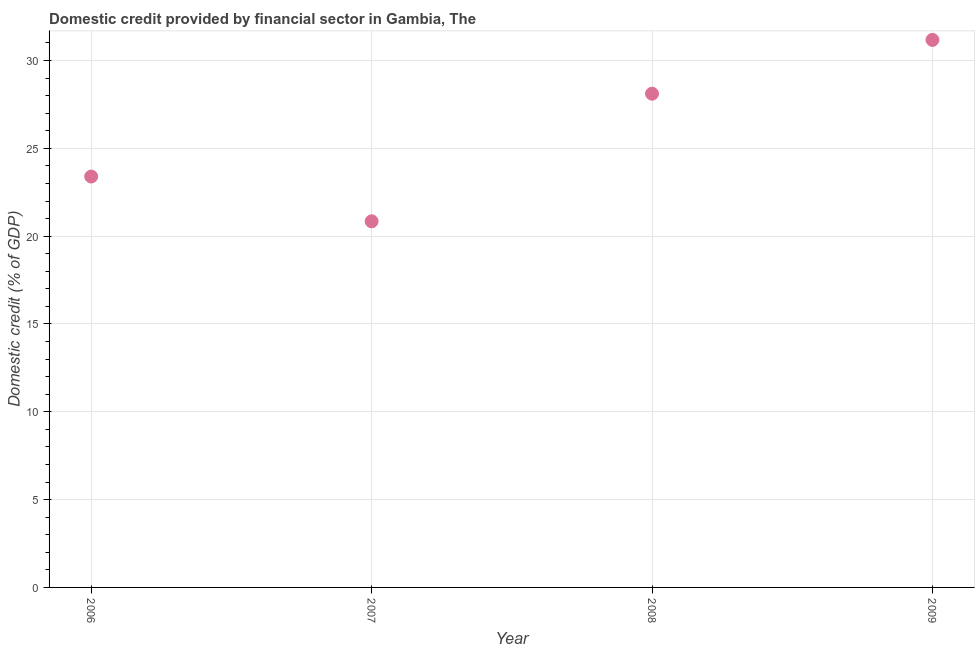
| Year | Domestic credit provided by financial sector |
 | --- | --- |
 | 2006 | 23.4 |
 | 2007 | 20.8 |
 | 2008 | 28.1 |
 | 2009 | 31.2 |